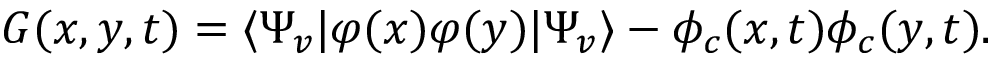
G ( x , y , t ) = \langle \Psi _ { v } | \varphi ( x ) \varphi ( y ) | \Psi _ { v } \rangle - \phi _ { c } ( x , t ) \phi _ { c } ( y , t ) .